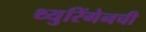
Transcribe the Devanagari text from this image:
थ्युरिंगेनची